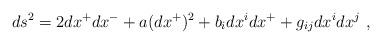
LaTeX: \begin{align*} ds^2 = 2 dx^+ dx^- + a (dx^+)^2 + b_i dx^i dx^+ + g_{ij} dx^i dx^j~,\end{align*}